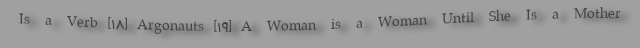
Is a Verb [۱۸] Argonauts [۱۹] A Woman is a Woman Until She Is a Mother